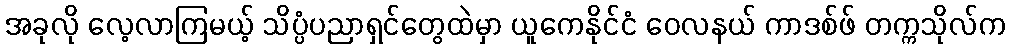
အခုလို လေ့လာကြမယ့် သိပ္ပံပညာရှင်တွေထဲမှာ ယူကေနိုင်ငံ ဝေလနယ် ကာဒစ်ဖ် တက္ကသိုလ်က